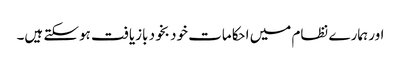
اور ہمارے نظام میں احکامات خود بخود بازیافت ہوسکتے ہیں۔